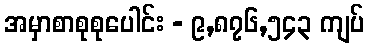
အမှာစာစုစုပေါင်း - ၉,၈၇၆,၅၄၃ ကျပ်